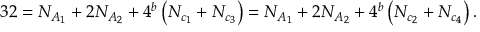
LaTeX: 3 2 = N _ { A _ { 1 } } + 2 N _ { A _ { 2 } } + 4 ^ { b } \left( N _ { c _ { 1 } } + N _ { c _ { 3 } } \right) = N _ { A _ { 1 } } + 2 N _ { A _ { 2 } } + 4 ^ { b } \left( N _ { c _ { 2 } } + N _ { c _ { 4 } } \right) . \nonumber